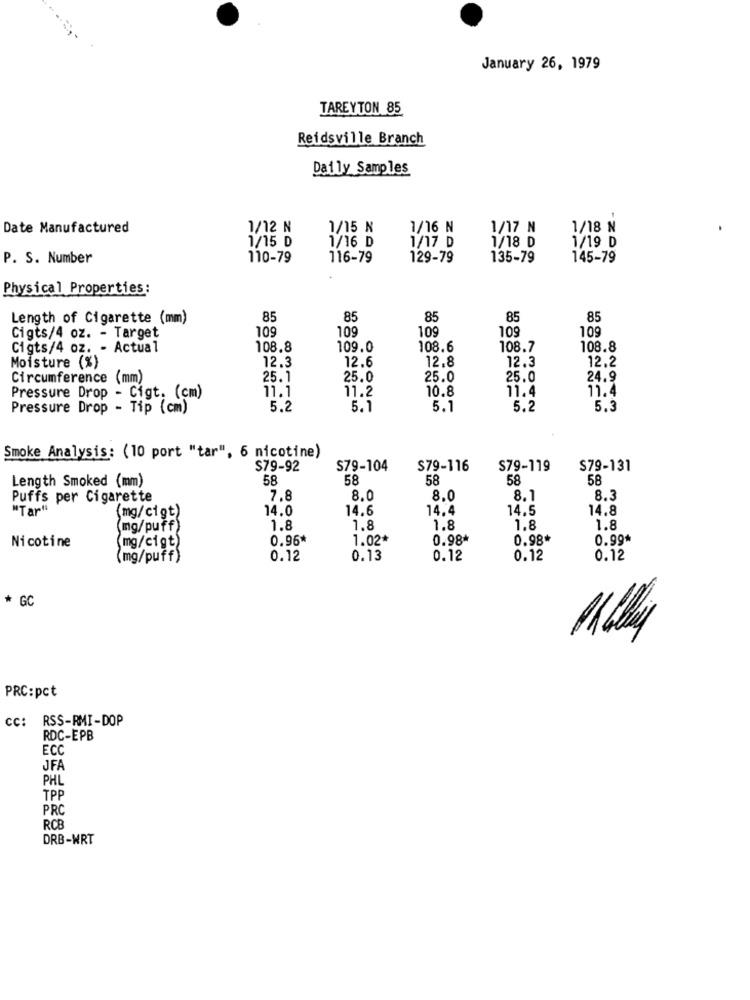
January 26, 1979
TAREYTON 85
Reidsville Branch
Daily Samples
Date Manufactured
1/12 N
1/15 N
1/16 N
1/17 N
1/18 N
1/15 D
1/16 D
1/17 D
1/18 D
1/19 D
P. S. Number
110-79
116-79
129-79
135-79
145-79
Physical Properties:
Length of Cigarette (mm)
8,5
85
85
85
85
109
109
109
109
Cigts/4 oz. - Target
109
Cigts/4 oz. - Actual
108.8
109.0
108.6
108.7
108.8
12.3
12.8
12.3
12.2
Moisture (%)
12.6
Circumference (mm)
25.1
25.0
25.0
25.0
24.9
11.1
11.2
10.8
11.4
11.4
Pressure Drop - Cigt. (cm)
Pressure Drop - Tip (cm)
5.2
5.1
5.1
5.2
5.3
Smoke Analysis: (10 port "tar", 6 nicotine)
$79-92
S79-104
$79-116
S79-119
S79-131
Length Smoked (mm)
58
58
58
58
58
Puffs per Cigarette
7.8
8.0
8.0
8.1
8.3
"Tar""
(mg/cigt)
14.0
14.6
14.4
14,5
14.8
(mg/puff)
1.8
1.8
1.8
1.8
1.8
0.96*
1.02+
0.98*
0.98*
0.99*
Nicotine
mg/cigt)
(mg/puff)
0.12
0.13
0.12
0.12
0.12
* GC
PRC:pct
cc: RSS-RMI-DOP
RDC-EPB
ECC
JFA
PHL
TPP
PRC
RCB
DRB-WRT